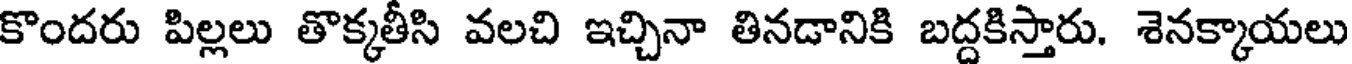
కొందరు పిల్లలు తొక్కతీసి వలచి ఇచ్చినా తినడానికి బద్దకిస్తారు. శెనక్కాయలు